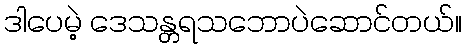
ဒါပေမဲ့ ဒေသန္တရသဘောပဲဆောင်တယ်။